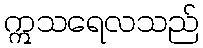
ဣသရေလသည်